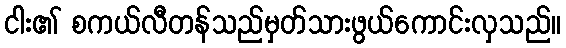
ငါး၏ စကယ်လီတန်သည်မှတ်သားဖွယ်ကောင်းလှသည်။